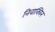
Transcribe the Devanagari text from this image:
निवाक्विन